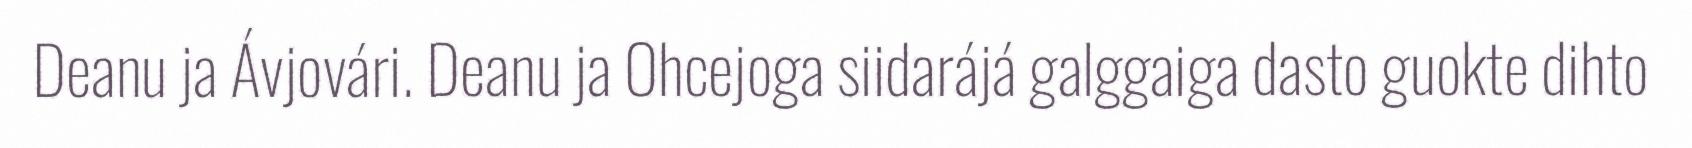
Deanu ja Ávjovári. Deanu ja Ohcejoga siidarájá galggaiga dasto guokte dihto